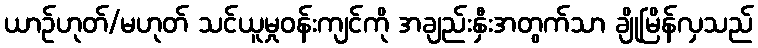
ယာဉ်ဟုတ်/မဟုတ် သင်ယူမှုဝန်းကျင်ကို အချည်းနှီးအတွက်သာ ချိုမြိန်လှသည်